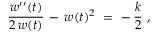
{ \frac { w ^ { \prime \prime } ( t ) } { 2 \, w ( t ) } } \, - \, w ( t ) ^ { 2 } ~ = ~ - \, { \frac { k } { 2 } } ~ ,